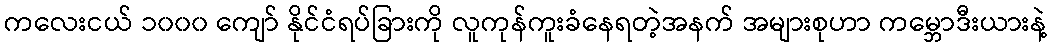
ကလေးငယ် ၁၀၀၀ ကျော် နိုင်ငံရပ်ခြားကို လူကုန်ကူးခံနေရတဲ့အနက် အများစုဟာ ကမ္ဘောဒီးယားနဲ့